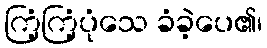
ကြံ့ကြံ့ပုံသေ ခံခဲ့ပေ၏၊